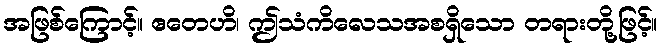
အဖြစ်ကြောင့်။ ဧတေဟိ၊ ဤသံကိလေသအစရှိသော တရားတို့ဖြင့်။